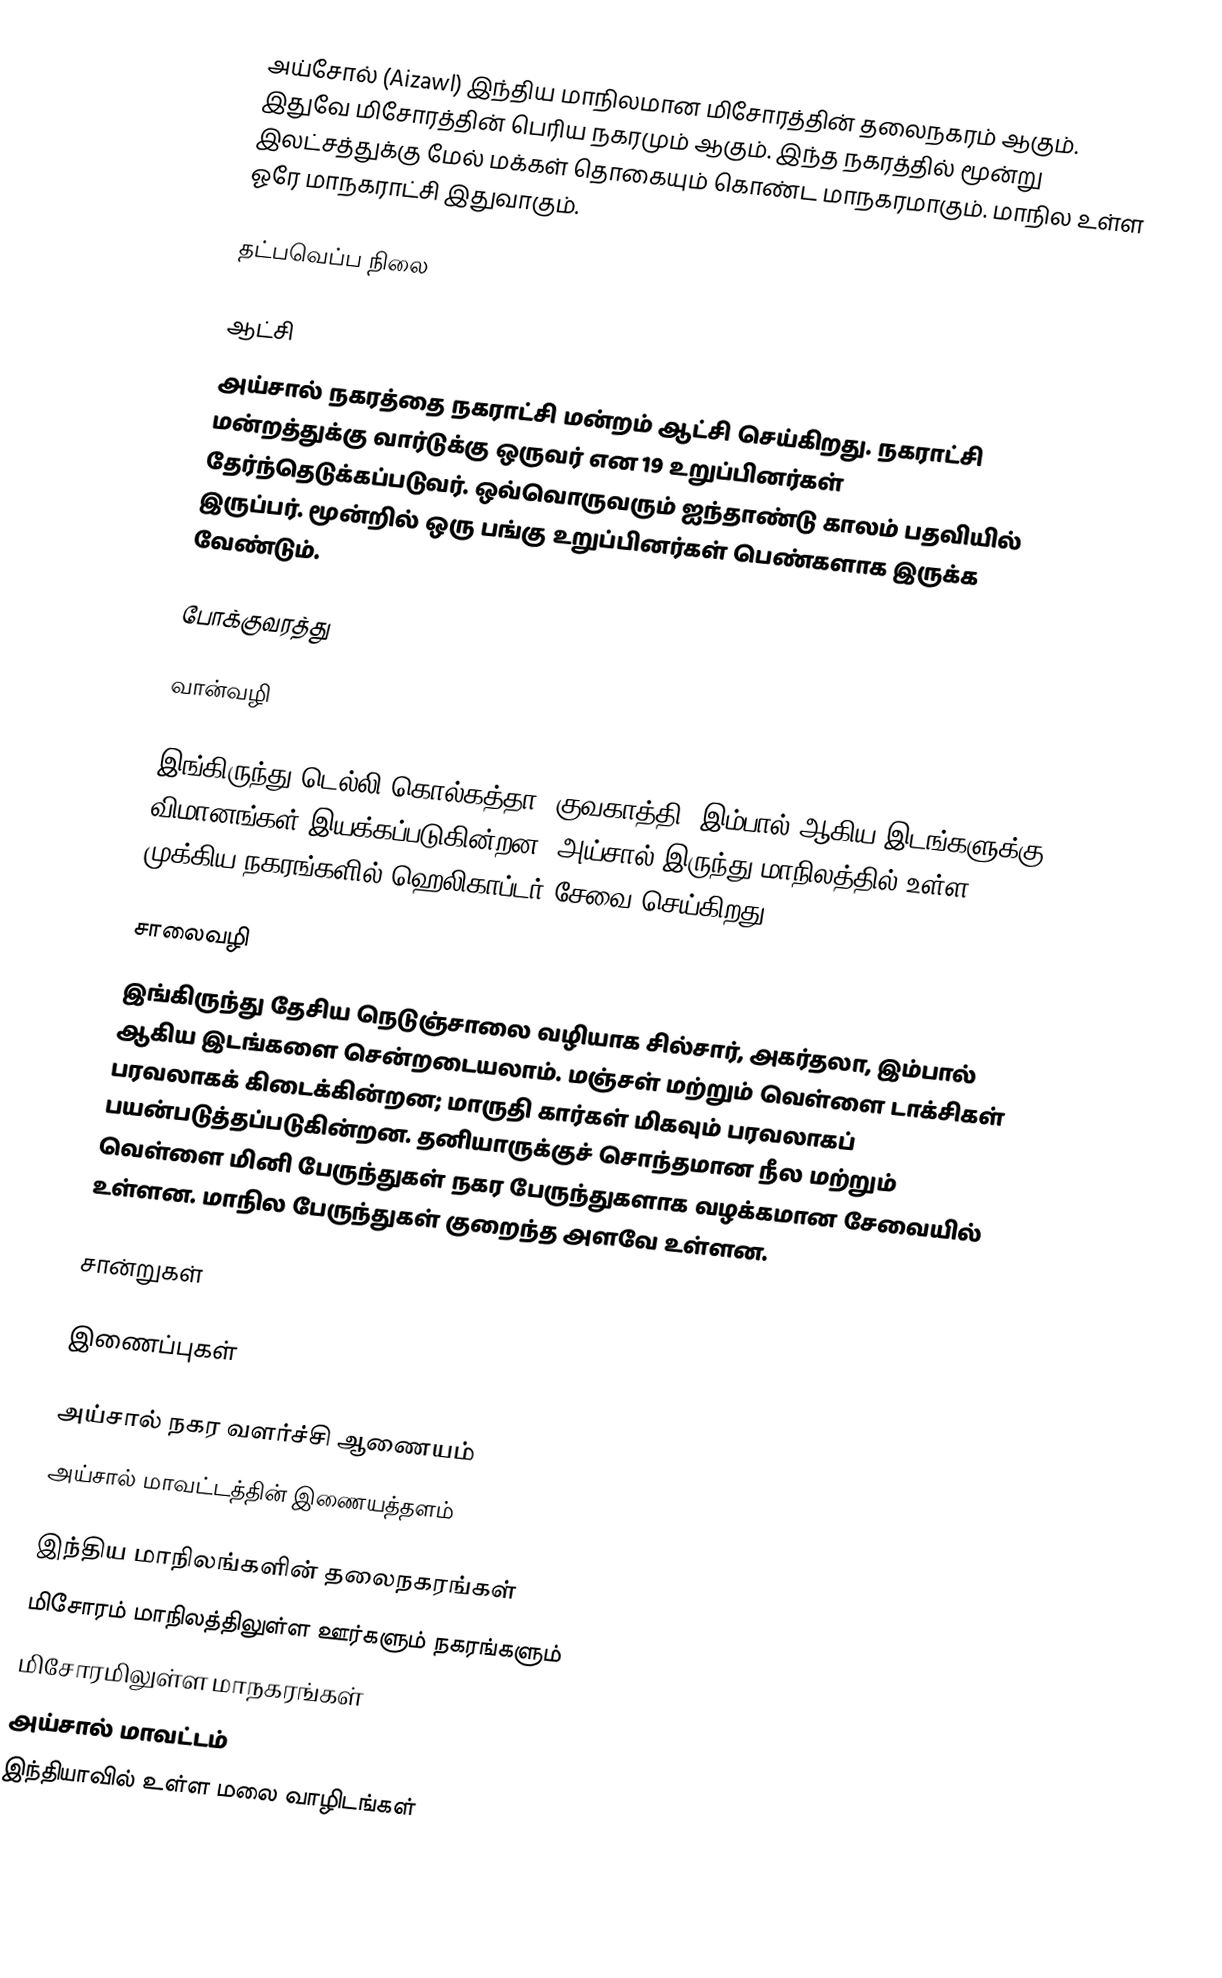
அய்சோல் (Aizawl) இந்திய மாநிலமான மிசோரத்தின் தலைநகரம் ஆகும். இதுவே மிசோரத்தின் பெரிய நகரமும் ஆகும். இந்த நகரத்தில் மூன்று இலட்சத்துக்கு மேல் மக்கள் தொகையும் கொண்ட மாநகரமாகும். மாநில உள்ள ஓரே மாநகராட்சி இதுவாகும்.

தட்பவெப்ப நிலை

ஆட்சி
அய்சால் நகரத்தை நகராட்சி மன்றம் ஆட்சி செய்கிறது. நகராட்சி மன்றத்துக்கு வார்டுக்கு ஒருவர் என 19 உறுப்பினர்கள் தேர்ந்தெடுக்கப்படுவர். ஒவ்வொருவரும் ஐந்தாண்டு காலம் பதவியில் இருப்பர். மூன்றில் ஒரு பங்கு உறுப்பினர்கள் பெண்களாக இருக்க வேண்டும்.

போக்குவரத்து

வான்வழி

இங்கிருந்து டெல்லி,கொல்கத்தா, குவகாத்தி, இம்பால் ஆகிய இடங்களுக்கு விமானங்கள் இயக்கப்படுகின்றன. அய்சால் இருந்து மாநிலத்தில் உள்ள முக்கிய நகரங்களில் ஹெலிகாப்டர் சேவை செய்கிறது.

சாலைவழி
இங்கிருந்து தேசிய நெடுஞ்சாலை வழியாக சில்சார், அகர்தலா, இம்பால் ஆகிய இடங்களை சென்றடையலாம். மஞ்சள் மற்றும் வெள்ளை டாக்சிகள் பரவலாகக் கிடைக்கின்றன; மாருதி கார்கள் மிகவும் பரவலாகப் பயன்படுத்தப்படுகின்றன. தனியாருக்குச் சொந்தமான நீல மற்றும் வெள்ளை மினி பேருந்துகள் நகர பேருந்துகளாக வழக்கமான சேவையில் உள்ளன. மாநில பேருந்துகள் குறைந்த அளவே உள்ளன.

சான்றுகள்

இணைப்புகள்

 அய்சால் நகர வளர்ச்சி ஆணையம்
  அய்சால் மாவட்டத்தின் இணையத்தளம்

இந்திய மாநிலங்களின் தலைநகரங்கள்
மிசோரம் மாநிலத்திலுள்ள ஊர்களும் நகரங்களும்
மிசோரமிலுள்ள மாநகரங்கள்
அய்சால் மாவட்டம்
இந்தியாவில் உள்ள மலை வாழிடங்கள்